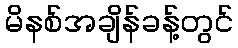
မိနစ်အချိန်ခန့်တွင်